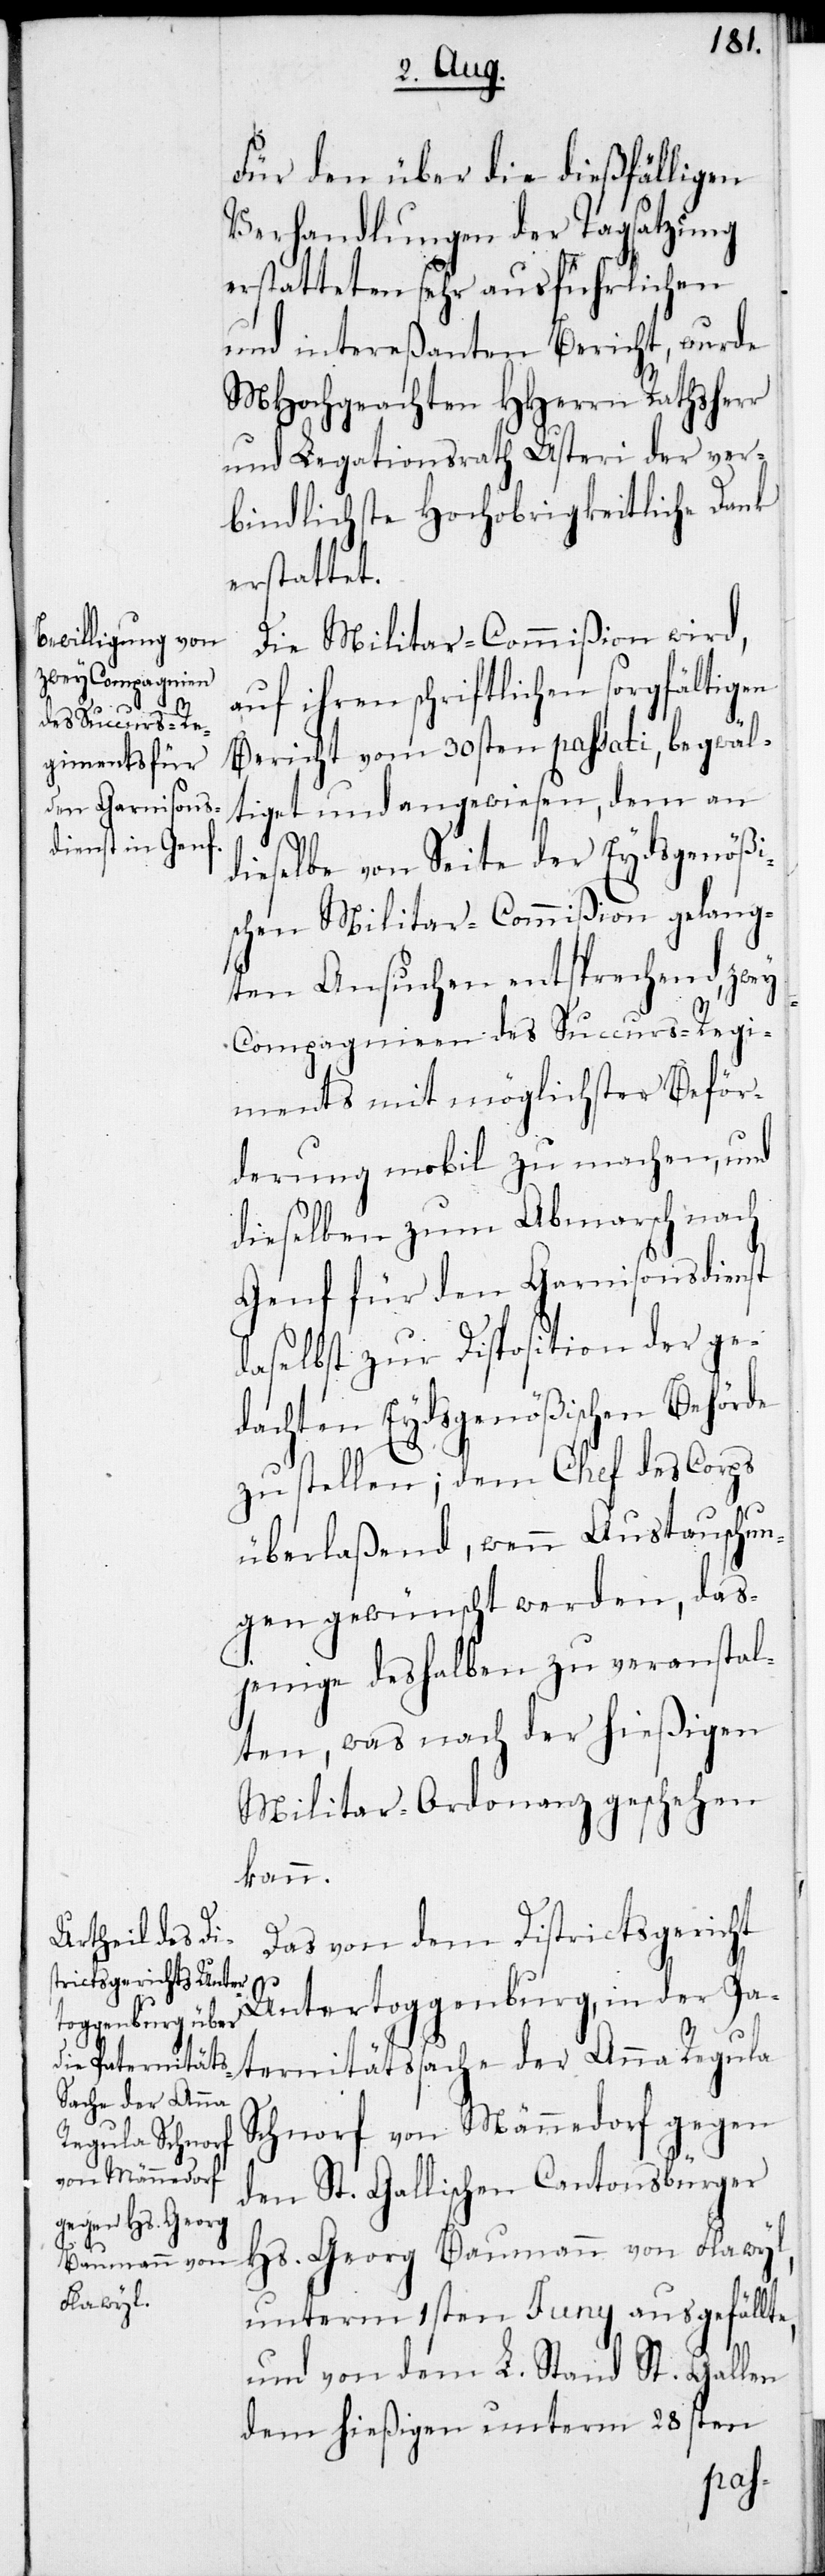
Für den über die dießfälligen
Verhandlungen der Tagsatzung
erstatteten sehr ausführlichen
und intereßanten Bericht, wurde
MHochgeachten HHerrn Rathsherr
und Legationsrath Usteri der ver¬
bindlichste Hochobrigkeitliche Dank
erstattet.
Die Militar-Commißion wird,
auf ihren schriftlichen sorgfältigen
Bericht vom 30sten passati, begwäl¬
tiget und angewiesen, dem an
dieselbe von Seite der Eydsgenößi¬
schen Militar-Commißion gelang¬
ten Ansuchen entsprechend, zwey
Compagnien des Succurs-Regi¬
ments mit möglichster Beför¬
derung mobil zu machen, und
dieselben zum Abmarsch nach
Genf für den Garnisonsdienst
daselbst zur Disposition der ge¬
dachten Eydsgenößischen Behörde
zu stellen; dem Chef des Corps
überlaßend, wenn Austauschun¬
gen gewünscht werden, das¬
jenige deshalben zu veranstal¬
ten, was nach der hießigen
Militar-Ordonanz geschehen
kann.
Das von dem Districtsgericht
Untertoggenburg, in der Pa¬
ternitätssache der Anna Regula
Schnorf von Männedorf gegen
den St. Gallischen Cantonsbürger
Hs. Georg Baumann von Flawyl,
unterm 1sten Juny ausgefällte,
und von dem L. Stand St. Gallen
dem hießigen unterm 28sten